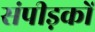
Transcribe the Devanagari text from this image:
संपीड़कों